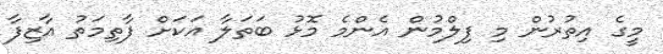
މީގެ އިތުރުން މި ފިލްމުން އެންމެ މޮޅު ބަތަލާ އަކަށް ފާތިމަތު އާޒިފާ